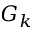
G _ { k }